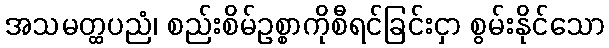
အသမတ္ထပညံ၊ စည်းစိမ်ဥစ္စာကိုစီရင်ခြင်းငှာ စွမ်းနိုင်သော